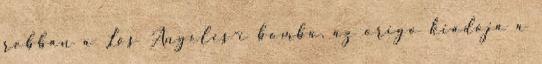
robban a Los Angeles-i bomba. az origo kiadója a